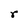
Character: r